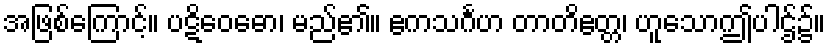
အဖြစ်ကြောင့်။ ပဋိဝေဓော၊ မည်၏။ ဧကသင်္ဂဟ တာတိဧတ္တ၊ ဟူသောဤပါဌ်၌။